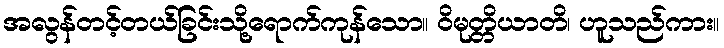
အလွန်တင့်တယ်ခြင်းသို့ရောက်ကုန်သော။ ဝိမုတ္တိယာတိ၊ ဟူသည်ကား။